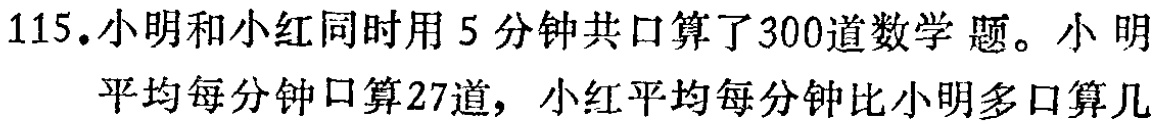
115.小明和小红同时用5分钟共口算 了300道数学题。小明平均每分钟口算27道，小红平均每分钟比小明多口算几